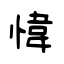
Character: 愇